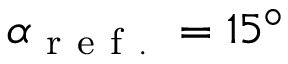
\alpha _ { \mathrm { ~ r ~ e ~ f ~ . ~ } } = 1 5 ^ { \circ }